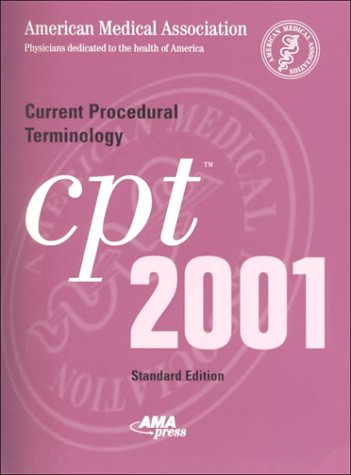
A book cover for Current Procedural Terminology: CPT 2001 (Standard Edition, Spiral-Bound Version); AMA American Medical Association; Medical Books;